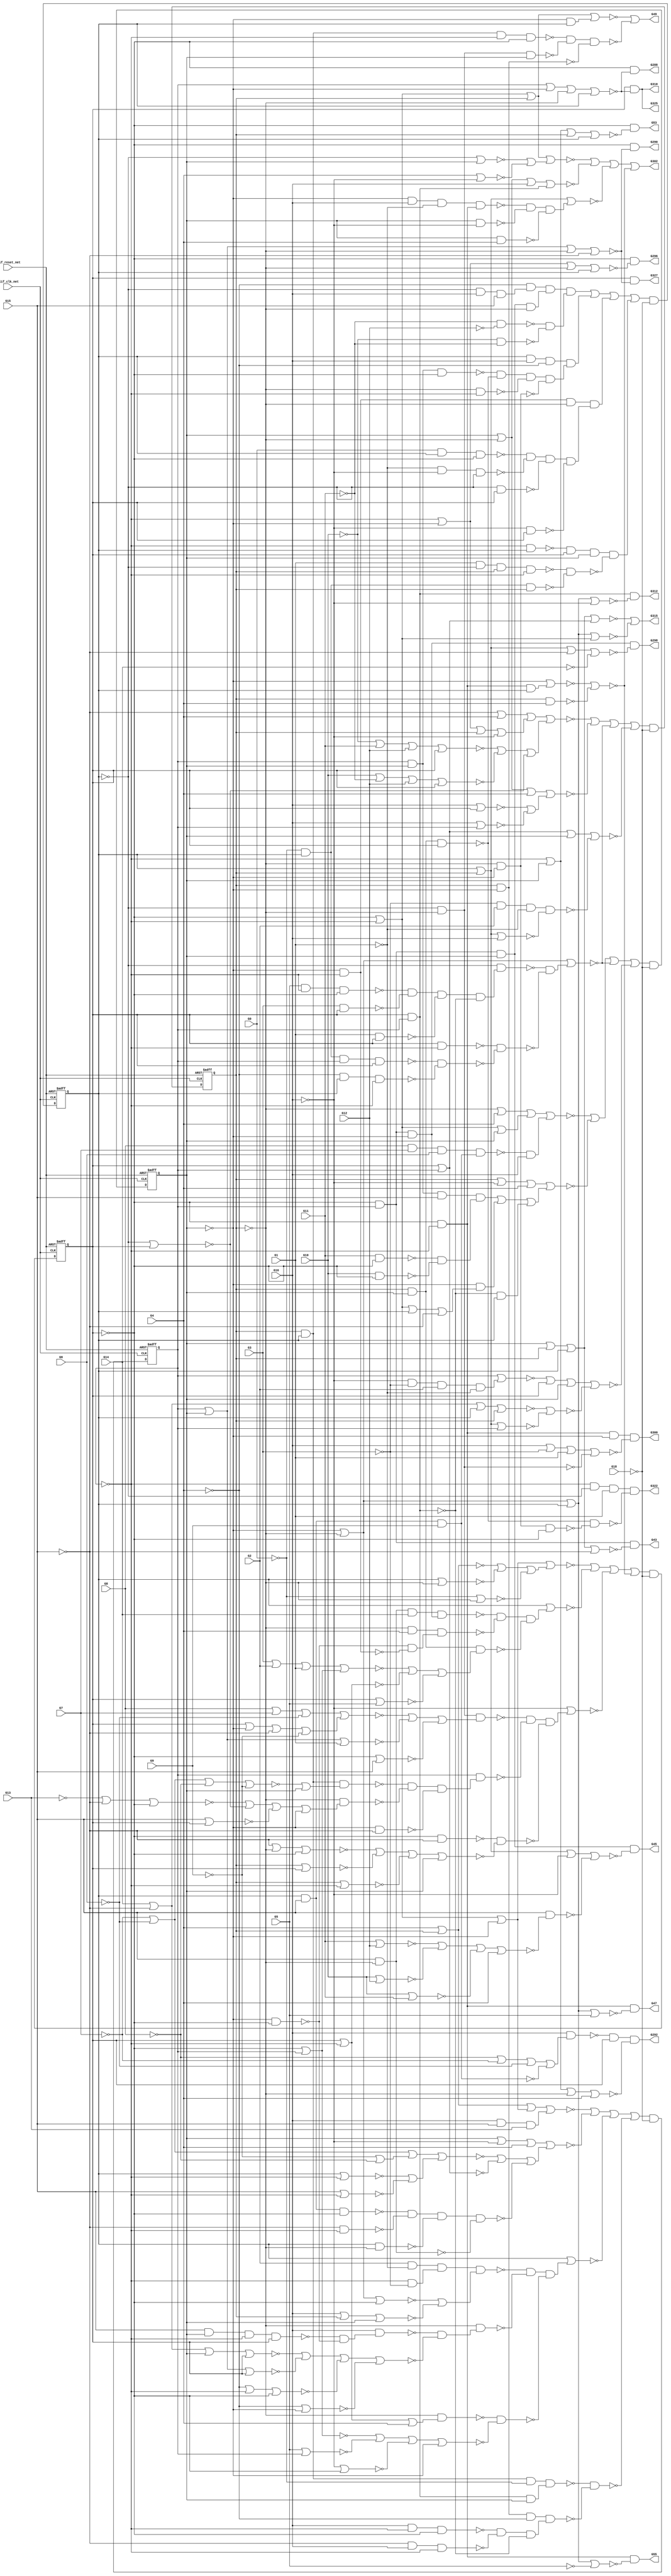
module s832(
  blif_clk_net,
  blif_reset_net,
  G0,
  G1,
  G2,
  G3,
  G4,
  G5,
  G6,
  G7,
  G8,
  G9,
  G10,
  G11,
  G12,
  G13,
  G14,
  G15,
  G16,
  G18,
  G327,
  G325,
  G300,
  G322,
  G45,
  G312,
  G53,
  G49,
  G47,
  G296,
  G290,
  G292,
  G298,
  G288,
  G315,
  G55,
  G43,
  G310,
  G302);
input blif_clk_net;
input blif_reset_net;
input G0;
input G1;
input G2;
input G3;
input G4;
input G5;
input G6;
input G7;
input G8;
input G9;
input G10;
input G11;
input G12;
input G13;
input G14;
input G15;
input G16;
input G18;
output G327;
output G325;
output G300;
output G322;
output G45;
output G312;
output G53;
output G49;
output G47;
output G296;
output G290;
output G292;
output G298;
output G288;
output G315;
output G55;
output G43;
output G310;
output G302;
reg G38;
reg G39;
reg G40;
reg G41;
reg G42;
wire G178;
wire G50;
wire G260;
wire G167;
wire G228;
wire G196;
wire G234;
wire G291;
wire G138;
wire G61;
wire G140;
wire G161;
wire G217;
wire G209;
wire G301;
wire G200;
wire G254;
wire G77;
wire G93;
wire G191;
wire G105;
wire G144;
wire G295;
wire G313;
wire G270;
wire G329;
wire G134;
wire G218;
wire G269;
wire G147;
wire G83;
wire G122;
wire G80;
wire G297;
wire G117;
wire G151;
wire G65;
wire G81;
wire G58;
wire G176;
wire G210;
wire G284;
wire G238;
wire G114;
wire G221;
wire G246;
wire G175;
wire G307;
wire G172;
wire G51;
wire G187;
wire G118;
wire G130;
wire G54;
wire G87;
wire G69;
wire G213;
wire G126;
wire G314;
wire G169;
wire G111;
wire G171;
wire G320;
wire G263;
wire G233;
wire G57;
wire G324;
wire G239;
wire G166;
wire G216;
wire G227;
wire G282;
wire G286;
wire G197;
wire G162;
wire G164;
wire G253;
wire G145;
wire G136;
wire G66;
wire G141;
wire G123;
wire G190;
wire G56;
wire G245;
wire G155;
wire G44;
wire G128;
wire G285;
wire G308;
wire G94;
wire G268;
wire G91;
wire G97;
wire G271;
wire G316;
wire G104;
wire G150;
wire G225;
wire G135;
wire G60;
wire G82;
wire G188;
wire G84;
wire G205;
wire G303;
wire G92;
wire G240;
wire G247;
wire G201;
wire G264;
wire G89;
wire G257;
wire G294;
wire G212;
wire G276;
wire G98;
wire G63;
wire G78;
wire G183;
wire G127;
wire G48;
wire G156;
wire G173;
wire G108;
wire G252;
wire G110;
wire G88;
wire G180;
wire G119;
wire G131;
wire G323;
wire G100;
wire G70;
wire G124;
wire G52;
wire G95;
wire G120;
wire G299;
wire G79;
wire G244;
wire G207;
wire G273;
wire G236;
wire G258;
wire G248;
wire G137;
wire G165;
wire G129;
wire G193;
wire G174;
wire G146;
wire G309;
wire G198;
wire G289;
wire G160;
wire G184;
wire G256;
wire G132;
wire G158;
wire G113;
wire G73;
wire G251;
wire G163;
wire G272;
wire G319;
wire G148;
wire G222;
wire G153;
wire G189;
wire G219;
wire G85;
wire G115;
wire G230;
wire G74;
wire G283;
wire G103;
wire G326;
wire G243;
wire G157;
wire G177;
wire G208;
wire G211;
wire G293;
wire G67;
wire G107;
wire G265;
wire G71;
wire G267;
wire G275;
wire G90;
wire G279;
wire G277;
wire G215;
wire G262;
wire G281;
wire G223;
wire G202;
wire G75;
wire G235;
wire G142;
wire G206;
wire G304;
wire G101;
wire G121;
wire G261;
wire G149;
wire G159;
wire G139;
wire G255;
wire G109;
wire G321;
wire G237;
wire G259;
wire G68;
wire G311;
wire G185;
wire G192;
wire G125;
wire G195;
wire G181;
wire G204;
wire G168;
wire G229;
wire G199;
wire G46;
wire G318;
wire G328;
wire G59;
wire G179;
wire G274;
wire G62;
wire G102;
wire G226;
wire G224;
wire G317;
wire G99;
wire G152;
wire G116;
wire G112;
wire G64;
wire G250;
wire G86;
wire G287;
wire G241;
wire G306;
wire G182;
wire G231;
wire G280;
wire G170;
wire G214;
wire G76;
wire G72;
wire G133;
wire G242;
wire G266;
wire G203;
wire G186;
wire G96;
wire G249;
wire G194;
wire G232;
wire G220;
wire G278;
wire G305;
wire G143;
wire G154;
wire G106;
always @(posedge blif_clk_net or posedge blif_reset_net)
  if(blif_reset_net == 1)
    G38 <= 0;
  else
    G38 <= G90;
always @(posedge blif_clk_net or posedge blif_reset_net)
  if(blif_reset_net == 1)
    G39 <= 0;
  else
    G39 <= G93;
always @(posedge blif_clk_net or posedge blif_reset_net)
  if(blif_reset_net == 1)
    G40 <= 0;
  else
    G40 <= G96;
always @(posedge blif_clk_net or posedge blif_reset_net)
  if(blif_reset_net == 1)
    G41 <= 0;
  else
    G41 <= G99;
always @(posedge blif_clk_net or posedge blif_reset_net)
  if(blif_reset_net == 1)
    G42 <= 0;
  else
    G42 <= G102;
assign G178 = ((~G16)&(~G3)&(~G181)&(~G1));
assign G50 = ((~G40)&(~G280));
assign G260 = ((~G263)&(~G264)&(~G265));
assign G167 = (G256&G38&G313);
assign G228 = (G38)|(G313);
assign G196 = ((~G280)&(~G267)&(~G198));
assign G291 = ((~G313))|((~G317))|((~G39))|((~G15));
assign G234 = (G15&G40&G313&G42);
assign G138 = ((~G318)&(~G256));
assign G61 = ((~G328))|((~G313))|((~G317))|((~G146));
assign G140 = ((~G42)&(~G41));
assign G161 = (G3&G42);
assign G301 = ((~G281))|((~G3))|((~G323))|((~G119));
assign G217 = ((~G236))|((~G237));
assign G209 = ((~G328)&(~G313)&(~G317));
assign G200 = (G256&G38&G313);
assign G254 = ((~G318)&(~G256));
assign G77 = ((~G210)&(~G211));
assign G93 = (G92&G91);
assign G191 = (G42&G313);
assign G105 = ((~G328))|((~G40))|((~G15))|((~G9));
assign G144 = (G16)|(G42);
assign G295 = ((~G41))|((~G317))|((~G39))|((~G256));
assign G313 = ((~G41));
assign G270 = ((~G42)&(~G313)&(~G40));
assign G329 = ((~G313))|((~G317))|((~G39))|((~G15));
assign G134 = (G280)|(G42);
assign G218 = (G2&G323&G216&G217);
assign G269 = ((~G114))|((~G115))|((~G116))|((~G317));
assign G147 = ((~G38)&(~G281)&(~G267));
assign G83 = ((~G258)&(~G259)&(~G261));
assign G297 = ((~G41))|((~G40))|((~G39))|((~G280));
assign G122 = ((~G267)&(~G123));
assign G80 = (G38)|(G76);
assign G117 = (G1&G280&G39&G313);
assign G151 = (G38&G16&G256&G153);
assign G65 = ((~G42))|((~G41))|((~G317));
assign G81 = ((~G246))|((~G247))|((~G248));
assign G58 = ((~G132))|((~G133))|((~G134));
assign G176 = ((~G42))|((~G41))|((~G280))|((~G15));
assign G210 = (G39&G38&G245&G209);
assign G310 = ((~G328)&(~G311));
assign G284 = ((~G42))|((~G313));
assign G238 = (G14)|(G267)|(G40)|(G42);
assign G325 = ((~G328)&(~G326));
assign G114 = (G267)|(G318)|(G328);
assign G221 = ((~G226)&(~G227));
assign G302 = ((~G307))|((~G308))|((~G309))|((~G306));
assign G246 = (G4)|(G39);
assign G307 = (G328)|(G313)|(G39)|(G303);
assign G175 = (G317&G176);
assign G172 = ((~G11));
assign G51 = ((~G127)&(~G128)&(~G129));
assign G187 = (G5&G313&G328);
assign G118 = (G245&G38&G39);
assign G130 = ((~G5));
assign G54 = ((~G41))|((~G317))|((~G318))|((~G280));
assign G87 = (G281)|(G83);
assign G69 = ((~G180))|((~G328))|((~G317))|((~G179));
assign G213 = (G16&G313&G328);
assign G314 = ((~G40))|((~G39))|((~G280))|((~G16));
assign G126 = (G10)|(G11);
assign G169 = (G172&G168);
assign G300 = ((~G42)&(~G41)&(~G40)&(~G301));
assign G111 = (G15)|(G42);
assign G47 = ((~G42)&(~G41)&(~G48));
assign G320 = (G40)|(G39)|(G38)|(G316);
assign G171 = ((~G10));
assign G263 = (G39&G38&G262);
assign G233 = (G15&G318);
assign G324 = ((~G120)&(~G121));
assign G57 = ((~G41))|((~G40))|((~G318))|((~G16));
assign G239 = (G40)|(G41)|(G42);
assign G166 = (G245&G38&G41&G42);
assign G312 = ((~G328)&(~G313)&(~G314));
assign G216 = ((~G41)&(~G3));
assign G227 = ((~G242))|((~G243))|((~G244))|((~G40));
assign G282 = (G317&G328);
assign G286 = (G42)|(G313);
assign G162 = (G1&G42);
assign G197 = (G8&G7&G6&G196);
assign G164 = (G42&G313);
assign G253 = ((~G42)&(~G41)&(~G280));
assign G145 = (G16)|(G41);
assign G136 = (G4)|(G281);
assign G66 = ((~G197)&(~G281));
assign G141 = (G317&G16&G323&G140);
assign G123 = ((~G124))|((~G125))|((~G126))|((~G256));
assign G190 = (G41&G42);
assign G56 = ((~G40))|((~G39))|((~G280))|((~G5));
assign G155 = ((~G103)&(~G328)&(~G317)&(~G104));
assign G245 = ((~G0));
assign G44 = ((~G317))|((~G318))|((~G280))|((~G15));
assign G128 = (G280&G318&G40);
assign G308 = (G40)|(G318)|(G16)|(G304);
assign G285 = (G3)|(G2)|(G1)|(G284);
assign G94 = ((~G18));
assign G268 = (G328&G267);
assign G91 = ((~G18));
assign G97 = ((~G18));
assign G271 = (G318&G15&G14&G270);
assign G104 = ((~G117)&(~G118));
assign G316 = ((~G328))|((~G313));
assign G150 = (G256&G147&G148&G149);
assign G225 = ((~G328))|((~G41))|((~G256));
assign G135 = (G280)|(G40);
assign G60 = ((~G158)&(~G159));
assign G82 = ((~G271)&(~G272)&(~G273));
assign G290 = ((~G42)&(~G291));
assign G188 = (G3&G42);
assign G84 = ((~G255))|((~G254));
assign G205 = ((~G228))|((~G229));
assign G303 = ((~G135))|((~G136));
assign G92 = ((~G62))|((~G63))|((~G64))|((~G61));
assign G240 = (G256)|(G313)|(G328);
assign G247 = (G38)|(G318);
assign G201 = ((~G13));
assign G45 = ((~G42)&(~G313)&(~G317)&(~G46));
assign G264 = (G318&G266);
assign G89 = (G150)|(G151)|(G152)|(G155);
assign G257 = ((~G106))|((~G107))|((~G108));
assign G294 = (G16&G293);
assign G212 = ((~G213)&(~G214)&(~G215));
assign G63 = (G40)|(G318)|(G4)|(G59);
assign G276 = (G0&G38&G328);
assign G98 = ((~G78))|((~G79))|((~G80))|((~G77));
assign G55 = ((~G42)&(~G41)&(~G56));
assign G78 = (G39)|(G4)|(G73)|(G74);
assign G183 = (G38)|(G39)|(G41);
assign G127 = (G38&G39&G313&G328);
assign G48 = ((~G40))|((~G39))|((~G280))|((~G130));
assign G156 = ((~G318))|((~G280))|((~G281));
assign G173 = ((~G193)&(~G194));
assign G108 = (G328)|(G15);
assign G252 = (G318&G317);
assign G110 = (G280)|(G42);
assign G88 = ((~G18));
assign G180 = (G41)|(G178);
assign G119 = ((~G39)&(~G38));
assign G131 = ((~G280)&(~G267)&(~G198));
assign G323 = ((~G1));
assign G100 = ((~G18));
assign G70 = (G318)|(G4)|(G65)|(G66);
assign G124 = (G11)|(G12);
assign G52 = (G328)|(G313)|(G39)|(G50);
assign G95 = ((~G70))|((~G71))|((~G72))|((~G69));
assign G120 = (G39&G40&G42);
assign G299 = ((~G318))|((~G280))|((~G15))|((~G14));
assign G315 = ((~G320))|((~G321));
assign G79 = (G40)|(G281)|(G4)|(G75);
assign G244 = (G281)|(G328);
assign G207 = (G202)|(G203)|(G204)|(G205);
assign G273 = (G40&G39&G275);
assign G236 = (G318)|(G317)|(G328);
assign G258 = (G318&G280&G257);
assign G248 = (G245)|(G318);
assign G137 = ((~G42)&(~G41)&(~G280));
assign G165 = ((~G166)&(~G167));
assign G129 = (G39&G317);
assign G193 = (G11&G328);
assign G174 = (G41&G40&G15&G173);
assign G309 = (G39)|(G38)|(G305);
assign G146 = ((~G3)&(~G181)&(~G1)&(~G156));
assign G198 = ((~G9));
assign G289 = ((~G313))|((~G40))|((~G39))|((~G280));
assign G160 = (G5&G313&G328);
assign G184 = ((~G187)&(~G188)&(~G189)&(~G190));
assign G256 = ((~G4));
assign G132 = (G171)|(G11)|(G12)|(G42);
assign G158 = (G280&G157);
assign G113 = (G203)|(G202)|(G112)|(G198);
assign G73 = ((~G42))|((~G41))|((~G40));
assign G163 = (G41&G42);
assign G251 = (G318&G313);
assign G272 = (G318&G4&G274);
assign G43 = ((~G42)&(~G313)&(~G44));
assign G148 = ((~G42)&(~G313)&(~G317)&(~G39));
assign G222 = ((~G234)&(~G235));
assign G319 = ((~G42))|((~G41));
assign G153 = ((~G249)&(~G250)&(~G251)&(~G252));
assign G189 = (G1&G42);
assign G219 = (G318&G220);
assign G85 = (G328)|(G313)|(G317)|(G81);
assign G230 = (G15&G38&G328);
assign G74 = ((~G281)&(~G267)&(~G201));
assign G115 = (G39)|(G42);
assign G283 = (G317&G313);
assign G103 = (G313&G38);
assign G326 = ((~G313))|((~G40))|((~G39))|((~G280));
assign G243 = (G5)|(G41);
assign G49 = ((~G52))|((~G51));
assign G157 = ((~G160)&(~G161)&(~G162)&(~G163));
assign G177 = ((~G195)&(~G280));
assign G208 = (G42)|(G41);
assign G211 = (G317&G39&G256&G212);
assign G293 = ((~G8))|((~G7))|((~G6))|((~G131));
assign G67 = (G174)|(G175)|(G177);
assign G265 = (G317&G267);
assign G107 = (G41)|(G40)|(G1);
assign G71 = (G39)|(G281)|(G4)|(G67);
assign G267 = ((~G15));
assign G275 = ((~G285))|((~G286))|((~G287));
assign G90 = (G89&G88);
assign G279 = (G281&G42);
assign G215 = (G41&G42);
assign G262 = ((~G113))|((~G317));
assign G277 = (G323&G281&G280);
assign G281 = ((~G16));
assign G223 = (G16&G222);
assign G322 = ((~G41)&(~G38)&(~G323)&(~G324));
assign G202 = ((~G7));
assign G75 = ((~G207))|((~G208))|((~G206));
assign G292 = ((~G294)&(~G328)&(~G295));
assign G235 = (G317&G328);
assign G142 = (G40&G281);
assign G206 = ((~G230)&(~G231)&(~G232)&(~G233));
assign G288 = ((~G42)&(~G289));
assign G304 = ((~G328)&(~G313));
assign G101 = ((~G85))|((~G86))|((~G87))|((~G84));
assign G121 = (G318&G317&G328);
assign G261 = ((~G268)&(~G269));
assign G159 = ((~G164)&(~G165));
assign G149 = ((~G169)&(~G170));
assign G139 = (G317)|(G137);
assign G109 = (G201)|(G267)|(G328);
assign G255 = (G317)|(G253);
assign G321 = (G317)|(G318)|(G38)|(G319);
assign G237 = (G16)|(G39)|(G40);
assign G259 = (G41&G260);
assign G68 = ((~G185)&(~G186));
assign G311 = ((~G313))|((~G40))|((~G39))|((~G280));
assign G185 = (G280&G184);
assign G192 = ((~G199)&(~G200));
assign G125 = (G10)|(G12);
assign G195 = (G41&G42);
assign G181 = ((~G2));
assign G298 = ((~G42)&(~G313)&(~G40)&(~G299));
assign G204 = ((~G9))|((~G8));
assign G168 = ((~G12));
assign G229 = (G15)|(G313);
assign G296 = ((~G42)&(~G297));
assign G199 = (G245&G38&G41&G42);
assign G46 = ((~G318))|((~G280))|((~G16))|((~G122));
assign G318 = ((~G39));
assign G328 = ((~G42));
assign G59 = ((~G144))|((~G145));
assign G274 = ((~G282)&(~G283));
assign G179 = ((~G182))|((~G183));
assign G62 = (G267)|(G4)|(G57)|(G58);
assign G226 = (G318&G225);
assign G102 = (G101&G100);
assign G224 = ((~G238))|((~G239))|((~G240))|((~G241));
assign G317 = ((~G40));
assign G99 = (G98&G97);
assign G152 = (G313&G317&G318&G154);
assign G116 = (G39)|(G313);
assign G112 = ((~G8));
assign G64 = (G317)|(G318)|(G60);
assign G250 = (G39&G40&G42);
assign G86 = (G38)|(G82);
assign G287 = (G42)|(G5);
assign G241 = (G256)|(G317);
assign G306 = ((~G139))|((~G138));
assign G231 = (G267&G313);
assign G182 = (G14)|(G267)|(G38)|(G39);
assign G170 = (G171&G172);
assign G280 = ((~G38));
assign G214 = (G267&G16&G313);
assign G327 = ((~G328)&(~G329));
assign G76 = ((~G218)&(~G219)&(~G221));
assign G72 = (G317)|(G318)|(G68);
assign G133 = (G10)|(G172)|(G12)|(G42);
assign G266 = ((~G109))|((~G110))|((~G111))|((~G40));
assign G242 = (G41)|(G328);
assign G186 = ((~G191)&(~G192));
assign G203 = ((~G6));
assign G96 = (G95&G94);
assign G53 = ((~G42)&(~G54));
assign G249 = (G40&G41&G328);
assign G232 = (G38&G318);
assign G194 = (G10&G328);
assign G220 = ((~G223)&(~G224));
assign G278 = (G280&G42);
assign G143 = (G40&G4);
assign G305 = ((~G141)&(~G142)&(~G143));
assign G154 = ((~G276)&(~G277)&(~G278)&(~G279));
assign G106 = (G8)|(G7)|(G203)|(G105);
endmodule